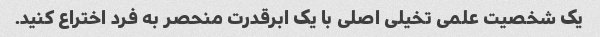
یک شخصیت علمی تخیلی اصلی با یک ابرقدرت منحصر به فرد اختراع کنید.